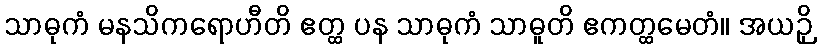
သာဓုကံ မနသိကရောဟီတိ ဧတ္ထ ပန သာဓုကံ သာဓူတိ ဧကတ္ထမေတံ။ အယဉှိ